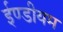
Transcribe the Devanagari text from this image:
ईण्डीयम